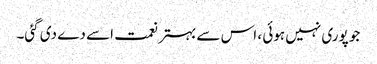
جو پوری نہیں ہوئی ، اس سے بہتر نعمت اسے دے دی گئی۔